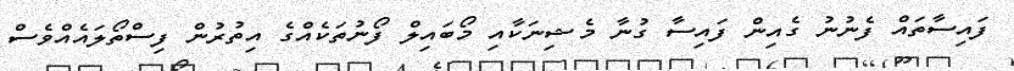
ފައިސާތައް ފެނުނު ގެއިން ފައިސާ ގުނާ މެޝިނަކާއި މޯބައިލް ފޯނުތަކެއްގެ އިތުރުން ފިސްތޯލައެއްވެސް